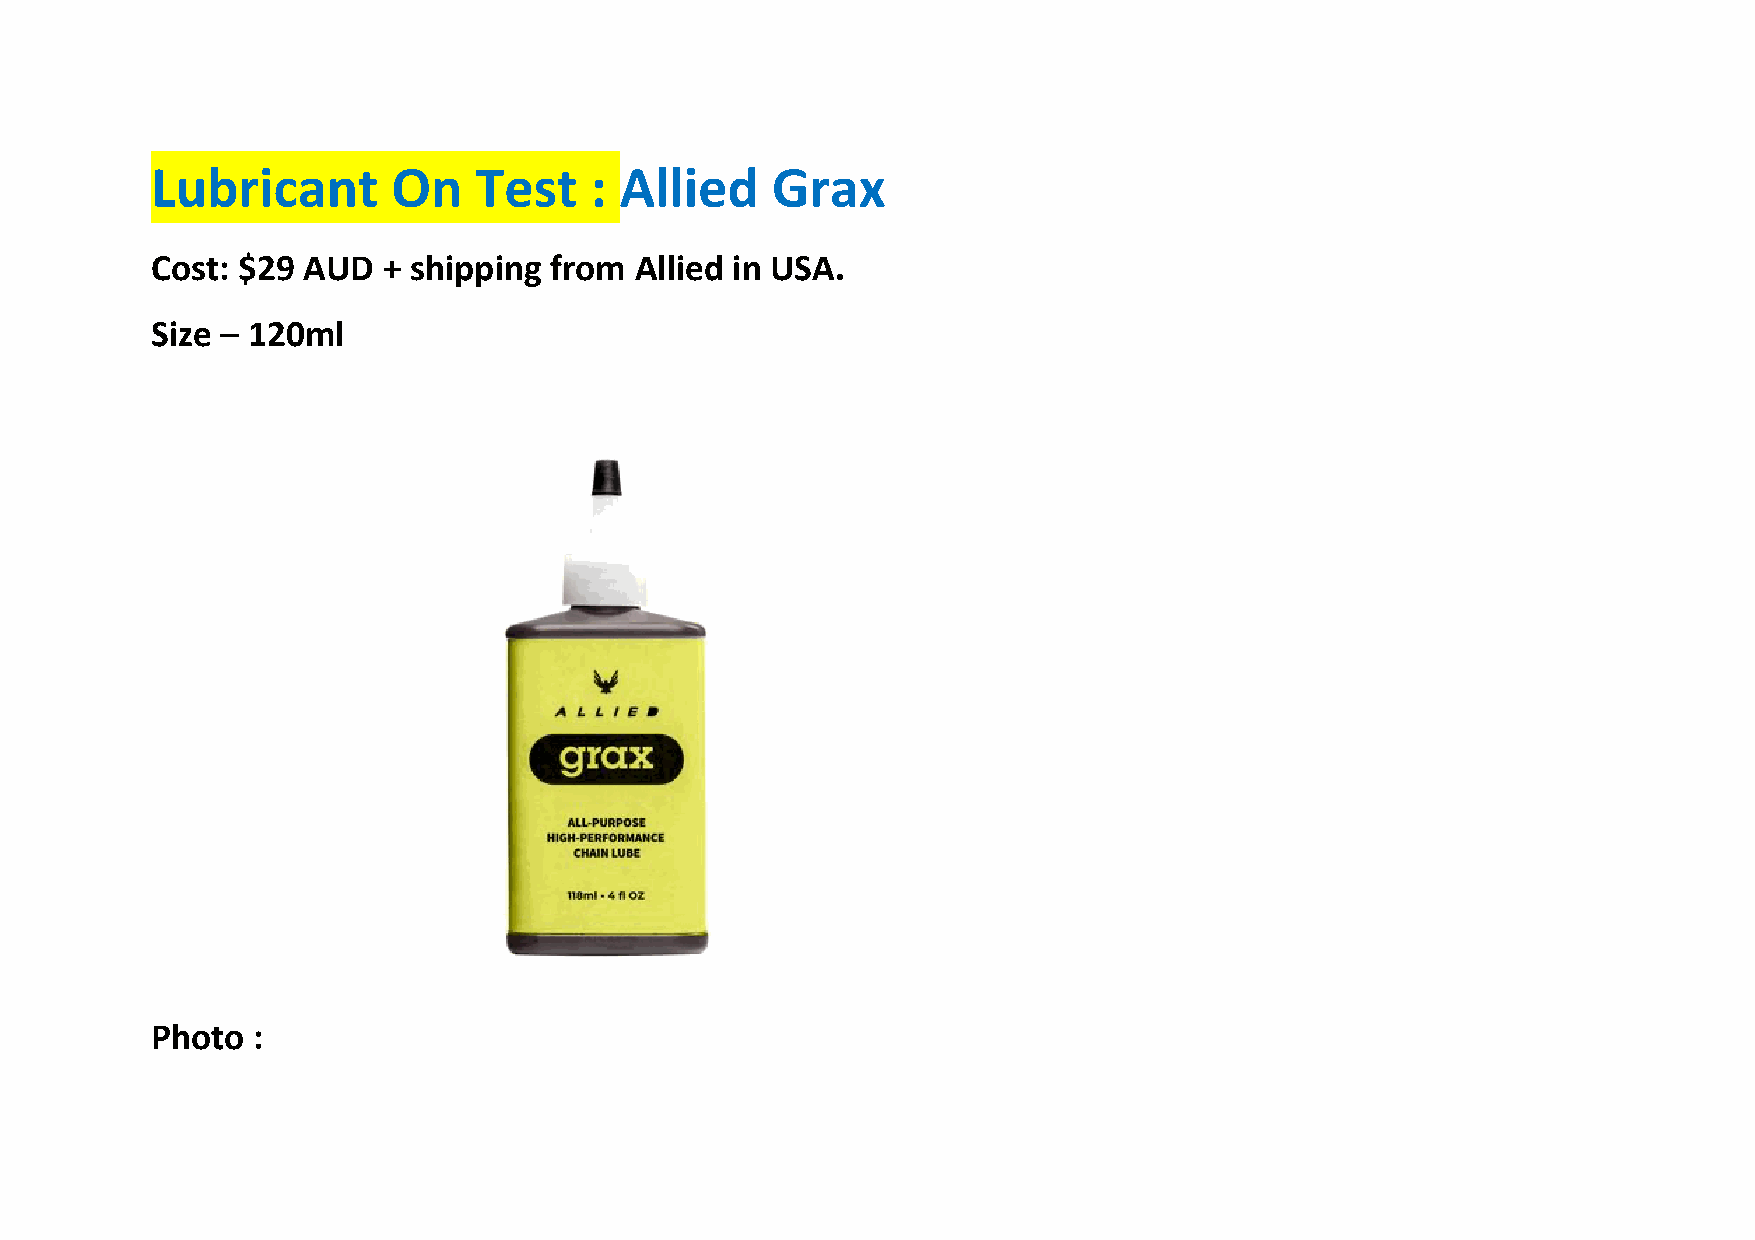
Lubricant       On   Test    : Allied    Grax
 Cost: $29 AUD  + shipping from  Allied in USA.
 Size – 120ml
 Photo  :